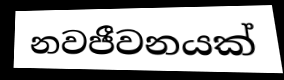
නවජීවනයක්